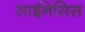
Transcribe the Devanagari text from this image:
साईनेसिस